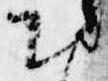
お